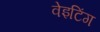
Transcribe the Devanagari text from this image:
वेइटिंग